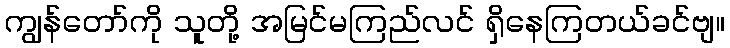
ကျွန်တော်ကို သူတို့ အမြင်မကြည်လင် ရှိနေကြတယ်ခင်ဗျ။